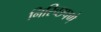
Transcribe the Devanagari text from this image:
निरिच्छपणे